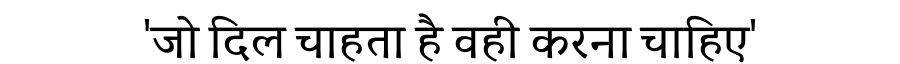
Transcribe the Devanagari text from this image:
'जो दिल चाहता है वही करना चाहिए'